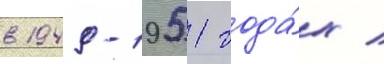
в 1949-1951 года́х /